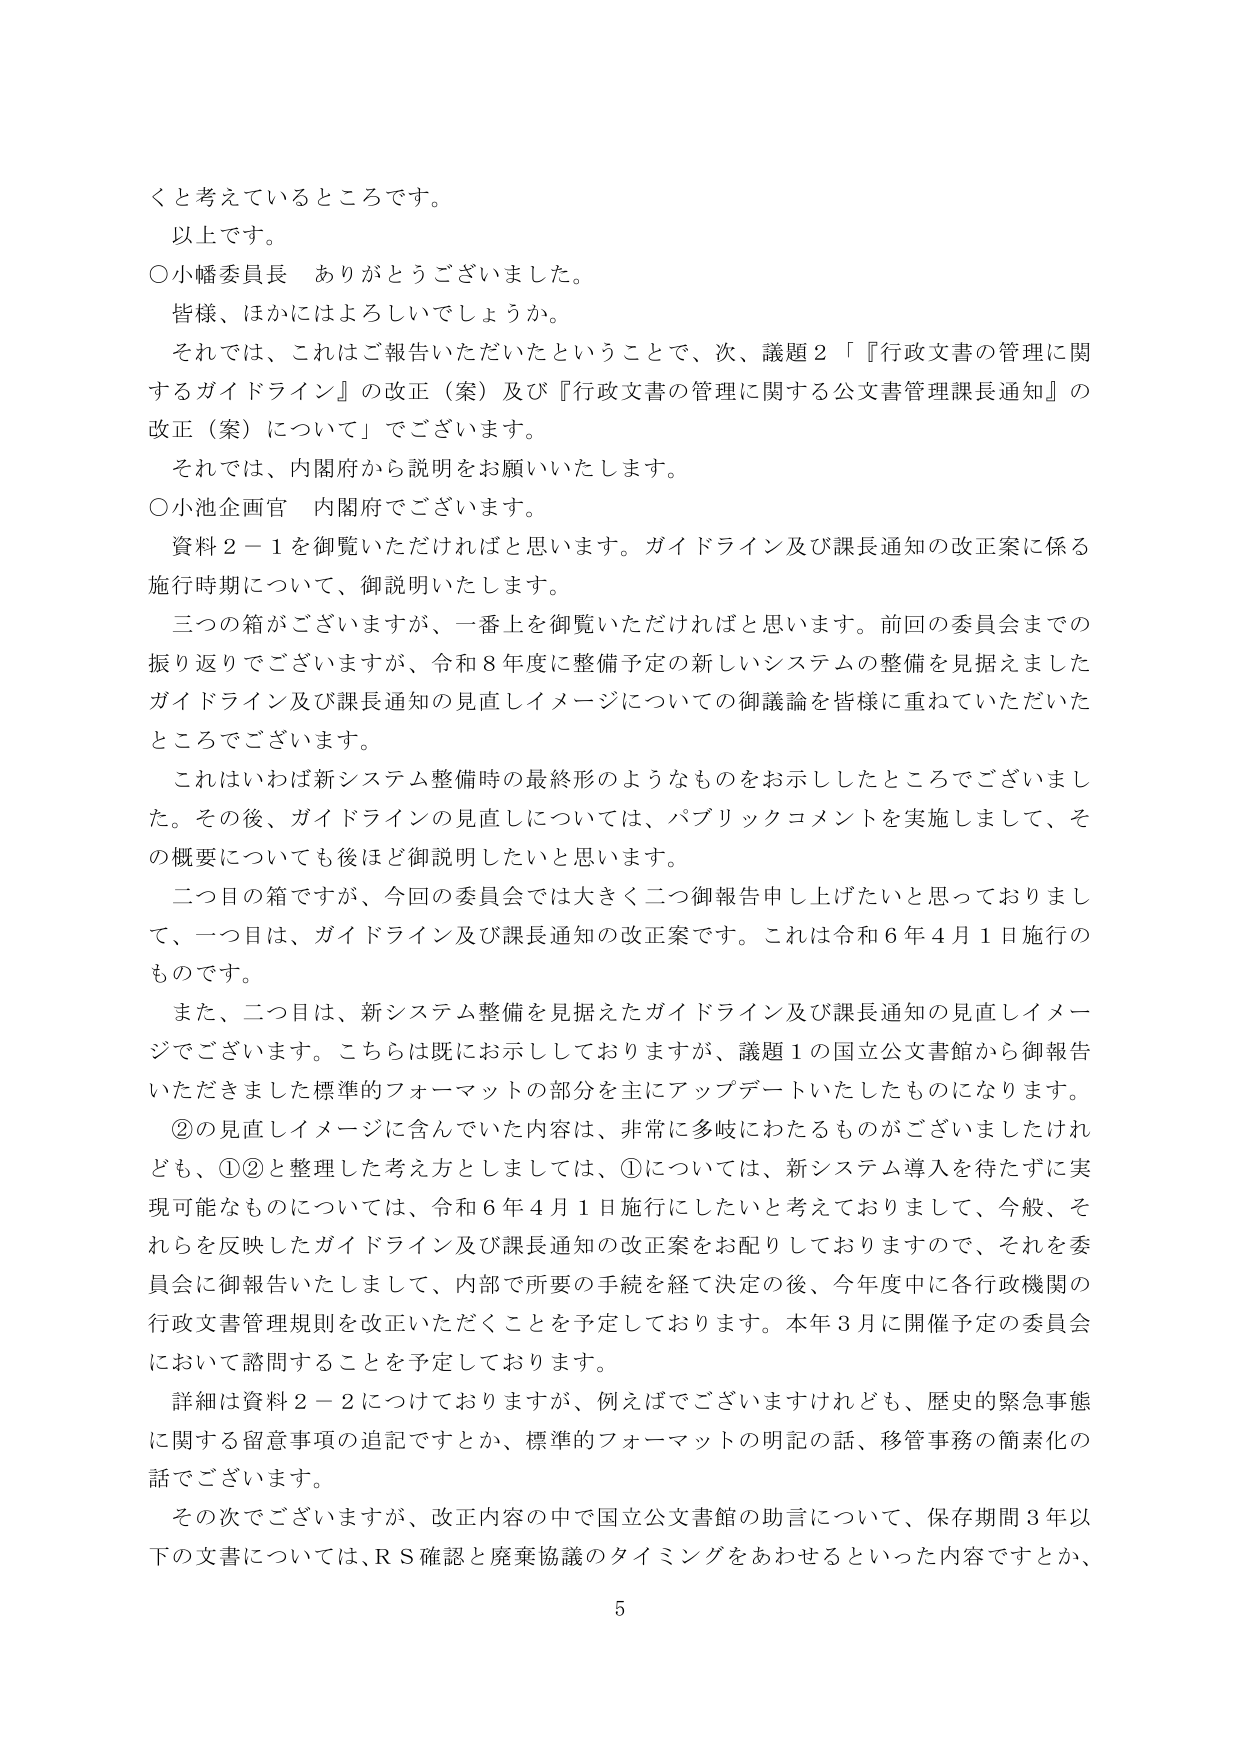
くと考えているところです。
以上です。
○小幡委員長　ありがとうございました。
皆様、ほかにはよろしいでしょうか。
それでは、これはご報告いただいたということで、次、議題２「『行政文書の管理に関するガイドライン』の改正（案）及び『行政文書の管理に関する公文書管理課長通知』の改正（案）について」でございます。
それでは、内閣府から説明をお願いいたします。
○小池企画官　内閣府でございます。
資料２－１を御覧いただければと思います。ガイドライン及び課長通知の改正案に係る施行時期について、御説明いたします。
三つの箱がございますが、一番上を御覧いただければと思います。前回の委員会までの振り返りでございますが、令和８年度に整備予定の新しいシステムの整備を見据えましたガイドライン及び課長通知の見直しイメージについての御議論を皆様に重ねていただいたところでございます。
これはいわば新システム整備時の最終形のようなものをお示ししたところでございました。その後、ガイドラインの見直しについては、パブリックコメントを実施しまして、その概要についても後ほど御説明したいと思います。
二つ目の箱ですが、今回の委員会では大きく二つ御報告申し上げたいと思っておりまして、一つ目は、ガイドライン及び課長通知の改正案です。これは令和６年４月１日施行のものです。
また、二つ目は、新システム整備を見据えたガイドライン及び課長通知の見直しイメージでございます。こちらは既にお示ししておりますが、議題１の国立公文書館から御報告いただきました標準的フォーマットの部分を主にアップデートいたしたものになります。
②の見直しイメージに含んでいた内容は、非常に多岐にわたるものがございましたけれども、①②と整理した考え方としましては、①については、新システム導入を待たずに実現可能なものについては、令和６年４月１日施行にしたいと考えておりまして、今般、それらを反映したガイドライン及び課長通知の改正案をお配りしておりますので、それを委員会に御報告いたしまして、内部で所要の手続を経て決定の後、今年度中に各行政機関の行政文書管理規則を改正いただくことを予定しております。本年３月に開催予定の委員会において諮問することを予定しております。
詳細は資料２－２に記載しておりますが、例えばでございますけれども、歴史的緊急事態に関する留意事項の追記ですとか、標準的フォーマットの明記の話、移管事務の簡素化の話でございます。
その次でございますが、改正内容の中で国立公文書館の助言について、保存期間３年以下の文書については、ＲＳ確認と廃棄協議のタイミングをあわせるといった内容ですとか、
5